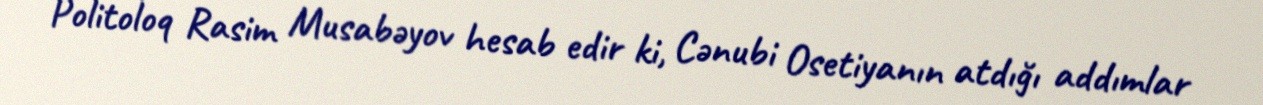
Politoloq Rasim Musabəyov hesab edir ki, Cənubi Osetiyanın atdığı addımlar